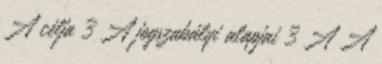
A célja 3 A jogszabályi alapjai 3 A A